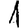
Digit: 1